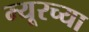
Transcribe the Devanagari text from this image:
म्यूरच्या